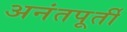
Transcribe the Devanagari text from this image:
अनंतपूर्ती